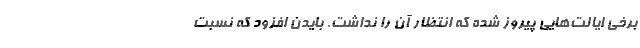
برخی ایالت‌هایی پیروز شده که انتظار آن را نداشت. بایدن افزود که نسبت